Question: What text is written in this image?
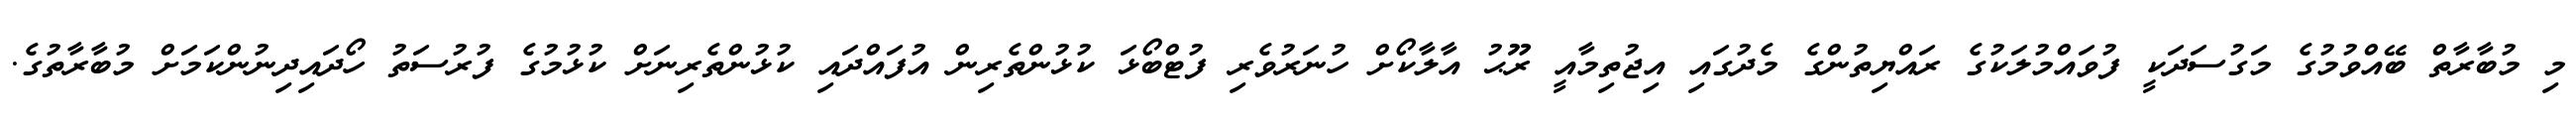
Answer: މި މުބާރާތް ބޭއްވުމުގެ މަގުސަދަކީ ފުވައްމުލަކުގެ ރައްޔިތުންގެ މެދުގައި އިޖުތިމާއީ ރޫޙު އާލާކޯށް ހުނަރުވެރި ފުޓްބޯޅަ ކުޅުންތެރިން އުފައްދައި ކުޅުންތެރިނަށް ކުޅުމުގެ ފުރުސަތު ހޯދައިދިނުންކަމަށް މުބާރާތުގެ.